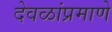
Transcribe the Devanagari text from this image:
देवळांप्रमाणे